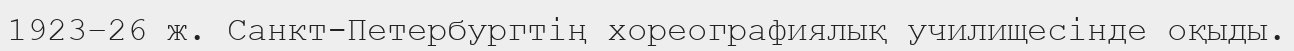
1923–26 ж. Санкт-Петербургтің хореографиялық училищесінде оқыды.